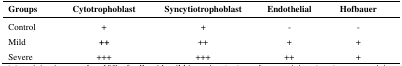
| Groups | Cytotrophoblast | Syncytiotrophoblast | Endothelial | Hofbauer |
 | --- | --- | --- | --- | --- |
 | Control | + | + | - | - |
 | Mild | ++ | ++ | + | + |
 | Severe | +++ | +++ | ++ | + |